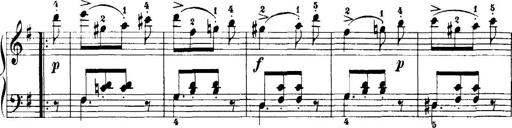
Title: 7 Sonatinas
Composer: Anton Diabelli